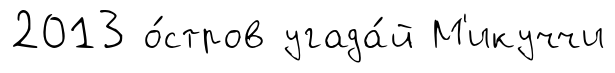
2013 о́стров угада́й М'икуччи